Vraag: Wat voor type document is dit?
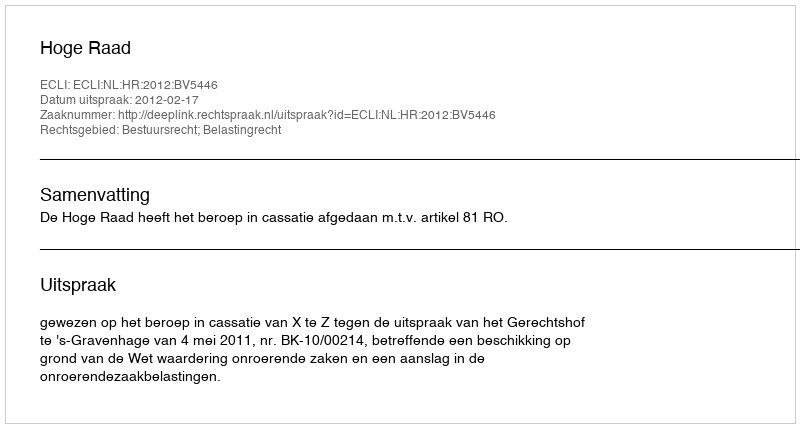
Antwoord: Uitspraak